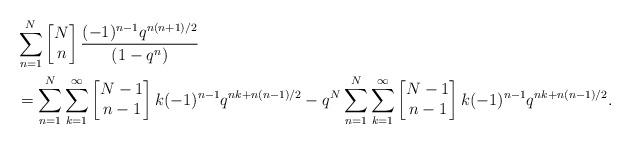
LaTeX: \begin{align*}&\sum_{n=1}^{N}\left[\begin{matrix} N\\n\end{matrix}\right]\frac{(-1)^{n-1} q^{n(n+1)/2}}{(1-q^n)}\\&=\sum_{n=1}^{N}\sum_{k=1}^{\infty}\left[\begin{matrix} N-1\\n-1\end{matrix}\right]k(-1)^{n-1}q^{nk+n(n-1)/2}-q^N\sum_{n=1}^{N}\sum_{k=1}^{\infty}\left[\begin{matrix} N-1\\n-1\end{matrix}\right]k(-1)^{n-1}q^{nk+n(n-1)/2}.\end{align*}